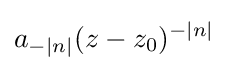
a_{-|n|}(z-z_{0})^{-|n|}